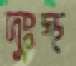
দুঃস্থ